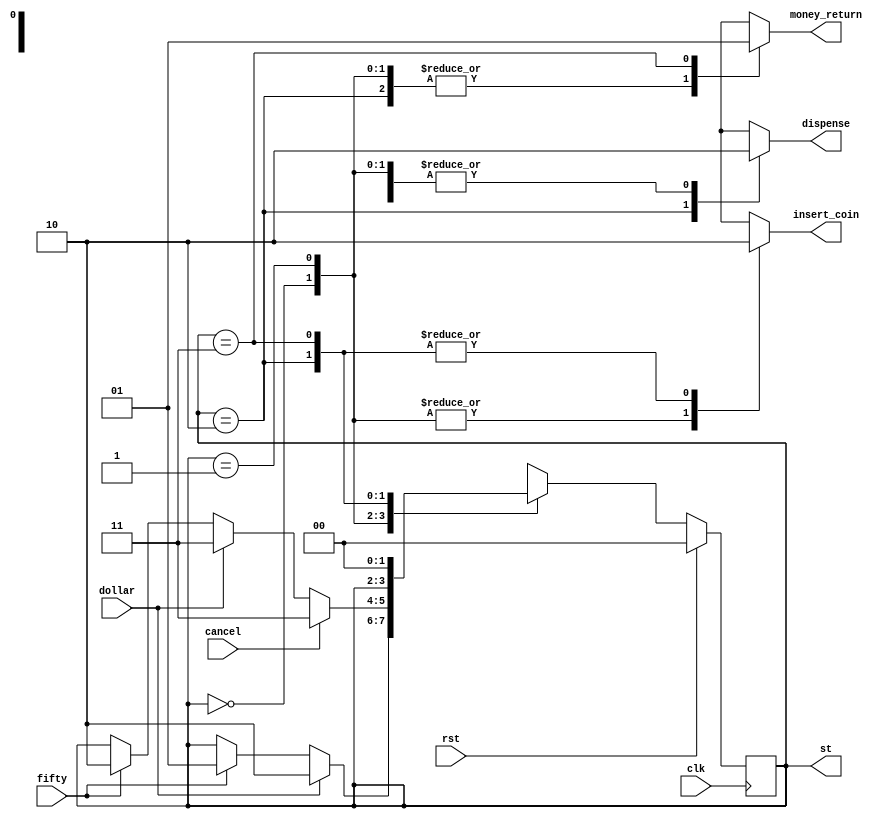
`timescale 1ns / 1ps
//////////////////////////////////////////////////////////////////////////////////
// Company: 
// Engineer: 
// 
// Design Name: 
// Module Name: Lab1_FSM
// Project Name: 
// Target Devices: 
// Tool Versions: 
// Description: 
// 
// Dependencies: 
// 
// Revision:
// Revision 0.01 - File Created
// Additional Comments:
// 
//////////////////////////////////////////////////////////////////////////////////


module vendM (
    input fifty, dollar, cancel, clk, rst,
    output reg insert_coin, dispense, money_return,
    output reg [1:0] st
);

parameter INIT = 2'b00, S50 = 2'b01, VEND = 2'b10, RETURN = 2'b11;
reg [1:0] nst;
//assign out = (st == RETURN);

always @ (posedge clk)
begin
    if(rst) //  !rst?
        st <= INIT;
    else
        st <= nst;
end

always @ *
begin
    nst = st;
    insert_coin = 1'b1; // Do I need these?
    dispense = 1'b0;
    money_return = 1'b0;

    case(st)
        INIT: begin 
                if(fifty)
                    nst = S50;

               if(dollar)
                    nst = VEND;
               end
        S50: begin
                insert_coin = 1'b1;
                
                if(fifty)
                    nst = VEND;
            
                if(dollar)
                    nst = RETURN;
                
                if(cancel)
                    nst = RETURN;
                    
               end
        
        VEND: begin
            insert_coin = 1'b0; 
            dispense = 1'b1;
            end

        RETURN: begin
                nst = INIT;
                insert_coin = 1'b0;
                money_return = 1'b1;            
            end
    endcase 


end
    
endmodule